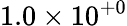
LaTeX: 1.0\times 10^{+0}